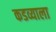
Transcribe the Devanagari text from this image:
कडव्याला